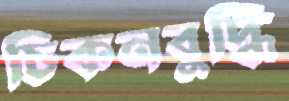
চিকনবুদ্ধি